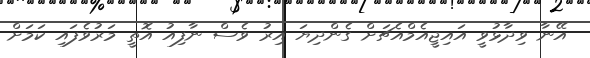
އޭނާ ވިދާޅުވީ އައިޖީއެމްއެޗަށް ގެންދިޔަ އިރު ވެސް ނާފިއު އޮތީ މަރުވެފައި ކަމަށް